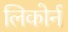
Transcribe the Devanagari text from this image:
लिकोर्न